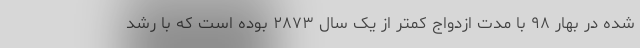
شده در بهار ۹۸ با مدت ازدواج کمتر از یک سال ۲۸۷۳ بوده است که با رشد